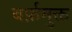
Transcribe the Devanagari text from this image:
बर्फ़मुक्त